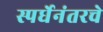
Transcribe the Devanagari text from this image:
स्पर्धेनंतरचे